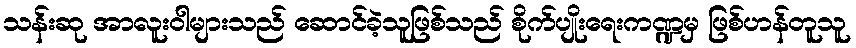
သန်းဆု အာလူးဝါများသည် ဆောင်ခဲ့သူဖြစ်သည် စိုက်ပျိုးရေးကဏ္ဍမှ ဖြစ်ဟန်တူသူ